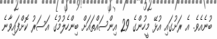
ބުނެއެވެ. އެ ރަށުގައި އުޅޭ މީހުންގެ 29 އިންސައްތައަށް ބިންހެލުމުގެ އަސަރު ކޮށްފައިވާނެ